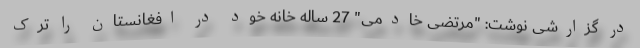
در گزارشی نوشت: "مرتضی خادمی" 27 ساله خانه خود در افغانستان را ترک